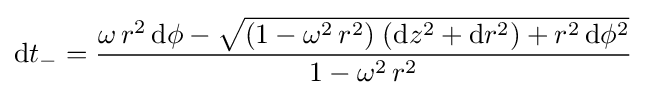
\mathrm {d} t_{-}={\frac {\omega \,r^{2}\,\mathrm {d} \phi -{\sqrt {(1-\omega ^{2}\,r^{2})\;(\mathrm {d} z^{2}+\mathrm {d} r^{2})+r^{2}\,\mathrm {d} \phi ^{2}}}}{1-\omega ^{2}\,r^{2}}}